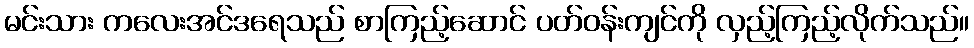
မင်းသား ကလေးအင်ဒရေသည် စာကြည့်ဆောင် ပတ်ဝန်းကျင်ကို လှည့်ကြည့်လိုက်သည်။